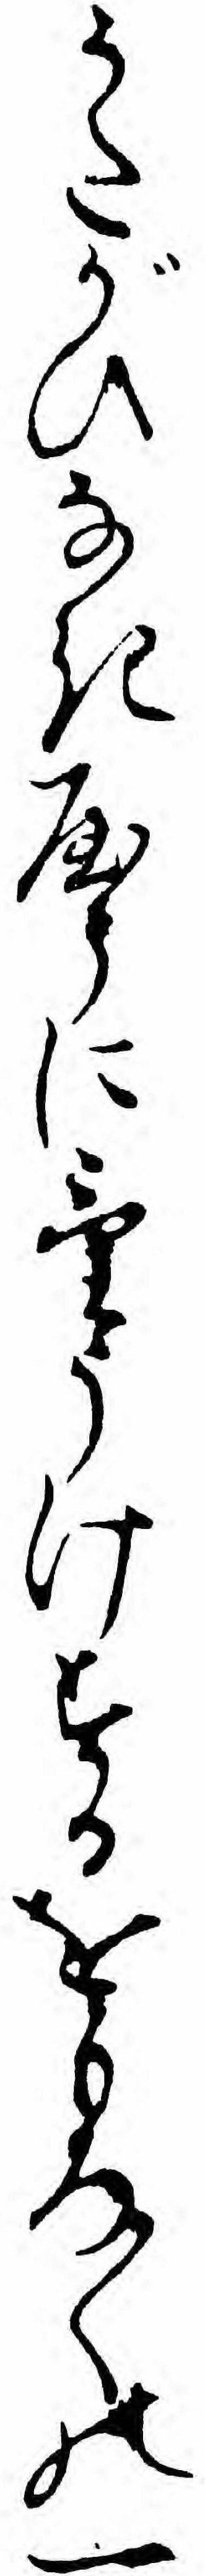
うたがひなきやうにけうけするをもろ〱の一